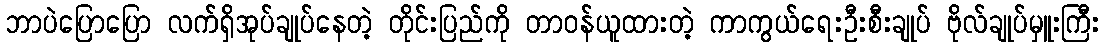
ဘာပဲပြောပြော လက်ရှိအုပ်ချုပ်နေတဲ့ တိုင်းပြည်ကို တာဝန်ယူထားတဲ့ ကာကွယ်ရေးဦးစီးချုပ် ဗိုလ်ချုပ်မှူးကြီး